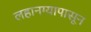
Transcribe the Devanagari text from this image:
लहानग्यापासून